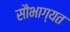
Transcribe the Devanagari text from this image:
सौभाग्यत